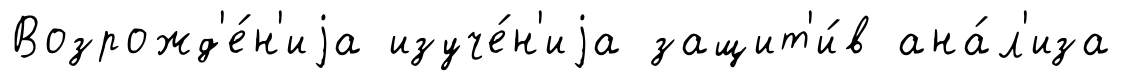
Возрожд'е́н'иjа изуче́н'иjа защит'и́в ана́л'иза